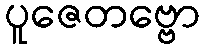
ပူဇေတဗ္ဗော